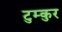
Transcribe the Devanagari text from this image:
टुम्कुर